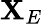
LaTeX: \mathbf{X}_{E}